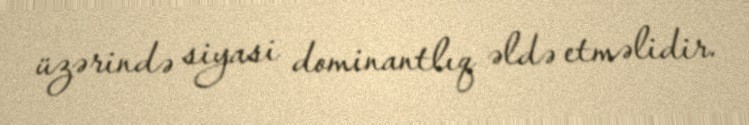
üzərində siyasi dominantlıq əldə etməlidir.